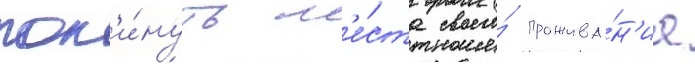
пок'и́нуть м'е́ста своего́ прожива́н'иа